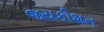
જયકીશન